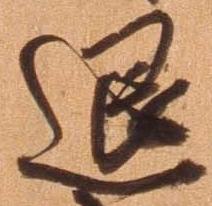
退